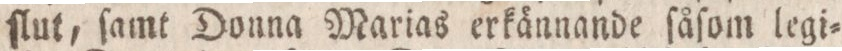
ſlut, ſamt Donna Marias erkännande ſåſom legi=